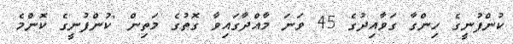
ކުންފުނީގެ ހިންގާ ގަވާއިދުގެ 45 ވަނަ މާއްދާގައިވާ ގޮތުގެ މަތިން 'ކުންފުނީގެ ކޮންމެ